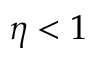
\eta < 1